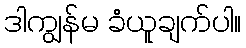
ဒါကျွန်မ ခံယူချက်ပါ။